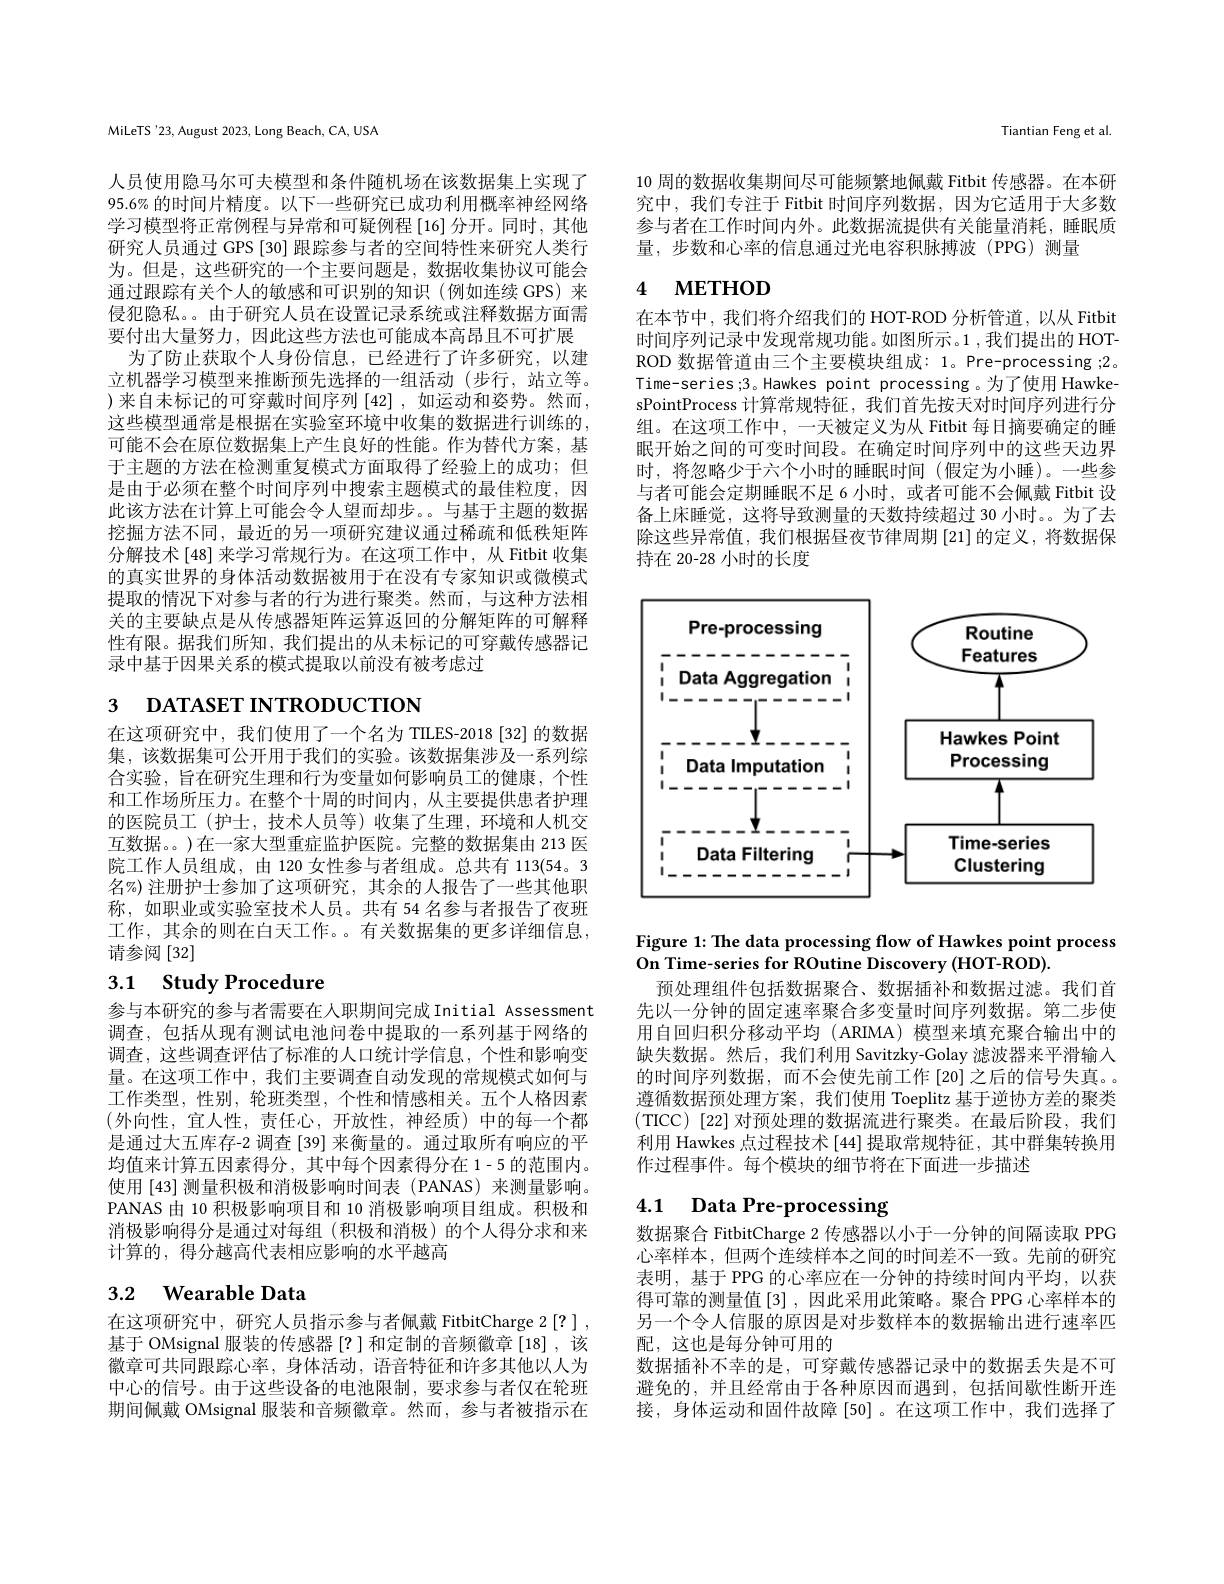
MiLeTS'23, August 2023, Long Beach, CA, USA

人员使用隐马尔可夫模型和条件随机场在该数据集上实现了95.6% 的时间片精度。以下一些研究已成功利用概率神经网络学习模型将正常例程与异常和可疑例程[16]分开。同时，其他研究人员通过 GPS [30] 跟踪参与者的空间特性来研究人类行为。但是，这些研究的一个主要问题是，数据收集协议可能会通过跟踪有关个人的敏感和可识别的知识(例如连续 GPS)来侵犯隐私。。由于研究人员在设置记录系统或注释数据方面需要付出大量努力，因此这些方法也可能成本高昂且不可扩展
为了防止获取个人身份信息，已经进行了许多研究，以建立机器学习模型来推断预先选择的一组活动(步行，站立等。)来自未标记的可穿戴时间序列 [42], 如运动和姿势。然而， 这些模型通常是根据在实验室环境中收集的数据进行训练的， 可能不会在原位数据集上产生良好的性能。作为替代方案，基于主题的方法在检测重复模式方面取得了经验上的成功；但是由于必须在整个时间序列中搜索主题模式的最佳粒度，因此该方法在计算上可能会令人望而却步。。与基于主题的数据挖掘方法不同，最近的另一项研究建议通过稀疏和低秩矩阵分解技术[48] 来学习常规行为。在这项工作中，从 Fitbit 收集的真实世界的身体活动数据被用于在没有专家知识或微模式提取的情况下对参与者的行为进行聚类。然而，与这种方法相关的主要缺点是从传感器矩阵运算返回的分解矩阵的可解释性有限。据我们所知，我们提出的从未标记的可穿戴传感器记录中基于因果关系的模式提取以前没有被考虑过

# 3 DATASET INTRODUCTION

在这项研究中，我们使用了一个名为 TILES-2018[32] 的数据集，该数据集可公开用于我们的实验。该数据集涉及一系列综合实验，旨在研究生理和行为变量如何影响员工的健康，个性和工作场所压力。在整个十周的时间内，从主要提供患者护理的医院员工(护士，技术人员等)收集了生理，环境和人机交互数据。。)在一家大型重症监护医院。完整的数据集由 213 医院工作人员组成，由 120 女性参与者组成。总共有 113(54。3名%) 注册护士参加了这项研究，其余的人报告了一些其他职称，如职业或实验室技术人员。共有 54 名参与者报告了夜班工作，其余的则在白天工作。。有关数据集的更多详细信息， 请参阅[32]

# 3.1 Study Procedure

参与本研究的参与者需要在人职期间完成Initial Assessment 调查，包括从现有测试电池问卷中提取的一系列基于网络的调查，这些调查评估了标准的人口统计学信息，个性和影响变量。在这项工作中，我们主要调查自动发现的常规模式如何与工作类型，性别，轮班类型，个性和情感相关。五个人格因素(外向性，宜人性，责任心，开放性，神经质)中的每一个都是通过大五库存-2 调查[39] 来衡量的。通过取所有响应的平均值来计算五因素得分，其中每个因素得分在 1-5 的范围内。使用 [43] 测量积极和消极影响时间表 (PANAS) 来测量影响。PANAS 由 10 积极影响项目和 10 消极影响项目组成。积极和消极影响得分是通过对每组(积极和消极)的个人得分求和来计算的，得分越高代表相应影响的水平越高

# 3.2 $\textbf{Wearable Data}$

在这项研究中，研究人员指示参与者佩戴 FitbitCharge 2[?] , 基于 OMsignal 服装的传感器[?]和定制的音频徽章[18],该徽章可共同跟踪心率，身体活动，语音特征和许多其他以人为中心的信号。由于这些设备的电池限制，要求参与者仅在轮班期间佩戴 OMsignal 服装和音频徽章。然而，参与者被指示在

Tiantian Feng et al

10 周的数据收集期间尽可能频繁地佩戴 Fitbit 传感器。在本研究中，我们专注于 Fitbit 时间序列数据，因为它适用于大多数参与者在工作时间内外。此数据流提供有关能量消耗，睡眠质量，步数和心率的信息通过光电容积脉搏波(PPG)测量

## 4 $\mathbf{METHOD}$

在本节中，我们将介绍我们的 HOT-ROD 分析管道，以从 Fitbit 时间序列记录中发现常规功能。如图所示。1 ,我们提出的 HOTROD 数据管道由三个主要模块组成：1。Pre-processing ;2。Time-series;3。Hawkes point processing 。为了使用 HawkesPointProcess 计算常规特征，我们首先按天对时间序列进行分组。在这项工作中，一天被定义为从 Fitbit 每日摘要确定的睡眠开始之间的可变时间段。在确定时间序列中的这些天边界时，将忽略少于六个小时的睡眠时间(假定为小睡)。一些参与者可能会定期睡眠不足 6 小时，或者可能不会佩戴 Fitbit 设备上床睡觉，这将导致测量的天数持续超过 30 小时。。为了去除这些异常值，我们根据昼夜节律周期 [21]的定义，将数据保持在 20-28 小时的长度

<FigureHere>

Figure 1: The data processing flow of Hawkes point process
On Time-series for ROutine Discovery (HOT-ROD)
预处理组件包括数据聚合、数据插补和数据过滤。我们首先以一分钟的固定速率聚合多变量时间序列数据。第二步使用自回归积分移动平均(ARIMA) 模型来填充聚合输出中的缺失数据。然后，我们利用 Savitzky-Golay 滤波器来平滑输入的时间序列数据，而不会使先前工作 [20] 之后的信号失真。遵循数据预处理方案，我们使用 Toeplitz 基于逆协方差的聚类(TICC)[22]对预处理的数据流进行聚类。在最后阶段，我们利用 Hawkes 点过程技术 [44] 提取常规特征，其中群集转换用作过程事件。每个模块的细节将在下面进一步描述

# 4.1 Data Pre-processing

数据聚合 FitbitCharge 2 传感器以小于一分钟的间隔读取 PPG 心率样本，但两个连续样本之间的时间差不一致。先前的研究表明，基于 PPG 的心率应在一分钟的持续时间内平均，以获得可靠的测量值[3],因此采用此策略。聚合 PPG 心率样本的另一个令人信服的原因是对步数样本的数据输出进行速率匹配，这也是每分钟可用的
数据插补不幸的是，可穿戴传感器记录中的数据丢失是不可避免的，并且经常由于各种原因而遇到，包括间歇性断开连接，身体运动和固件故障[50]。在这项工作中，我们选择了